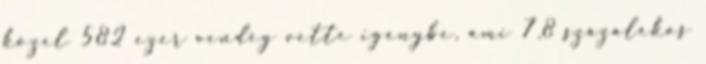
közel 582 ezer vendég vette igénybe, ami 7,8 százalékos